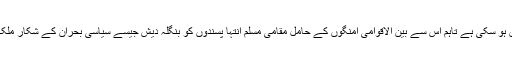
القاعدہ کے اس دعوے کی گرچہ تصدیق نہیں ہو سکی ہے تاہم اس سے بین الاقوامی امنگوں کے حامل مقامی مسلم انتہا پسندوں کو بنگلہ دیش جیسے سیاسی بحران کے شکار ملک میں اپنے قدم جمانے کا موقع مل سکتا ہے۔